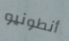
أنطونيو